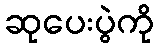
ဆုပေးပွဲကို